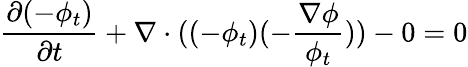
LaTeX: \frac{\partial(-\phi_{t})}{\partial t}+\nabla\cdot((-\phi_{t})(-\frac{\nabla\phi}{\phi_{t}}))-0=0